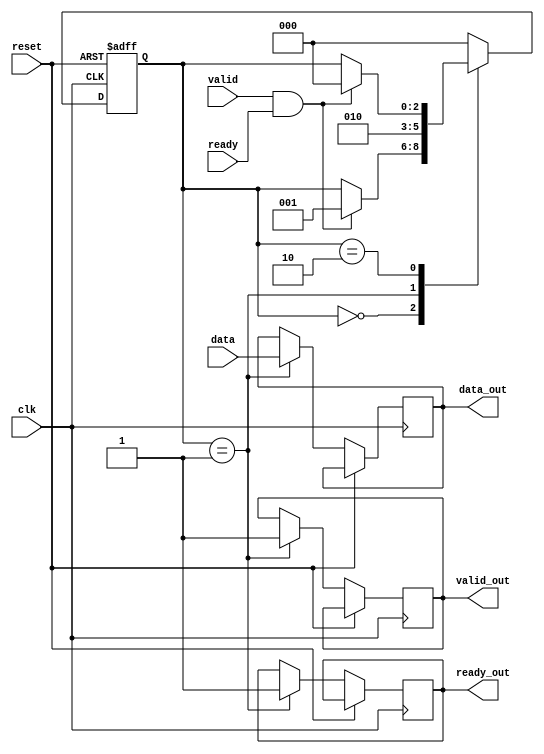
module timing_control_and_sync (

    input wire clk,
    input wire reset,
    input wire [7:0] data,
    input wire valid,
    input wire ready,

    output reg [7:0] data_out,
    output reg valid_out,
    output reg ready_out

);

reg [2:0] state;

always @ (posedge clk or posedge reset)
begin
    if (reset)
        state <= 0;
    else
    begin
        case (state)
            0: begin
                if (valid && ready)
                    state <= 1;
            end
            1: begin
                data_out <= data;
                valid_out <= 1;
                ready_out <= 1;
                state <= 2;    
            end
            2: begin
                if (valid && ready)
                    state <= 0;
            end
            default: state <= 0;
        endcase
    end
end

endmodule